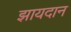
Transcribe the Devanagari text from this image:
झायदान